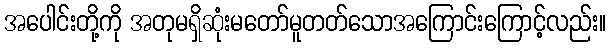
အပေါင်းတို့ကို အတုမရှိဆုံးမတော်မူတတ်သောအကြောင်းကြောင့်လည်း။